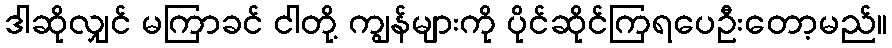
ဒါဆိုလျှင် မကြာခင် ငါတို့ ကျွန်များကို ပိုင်ဆိုင်ကြရပေဦးတော့မည်။